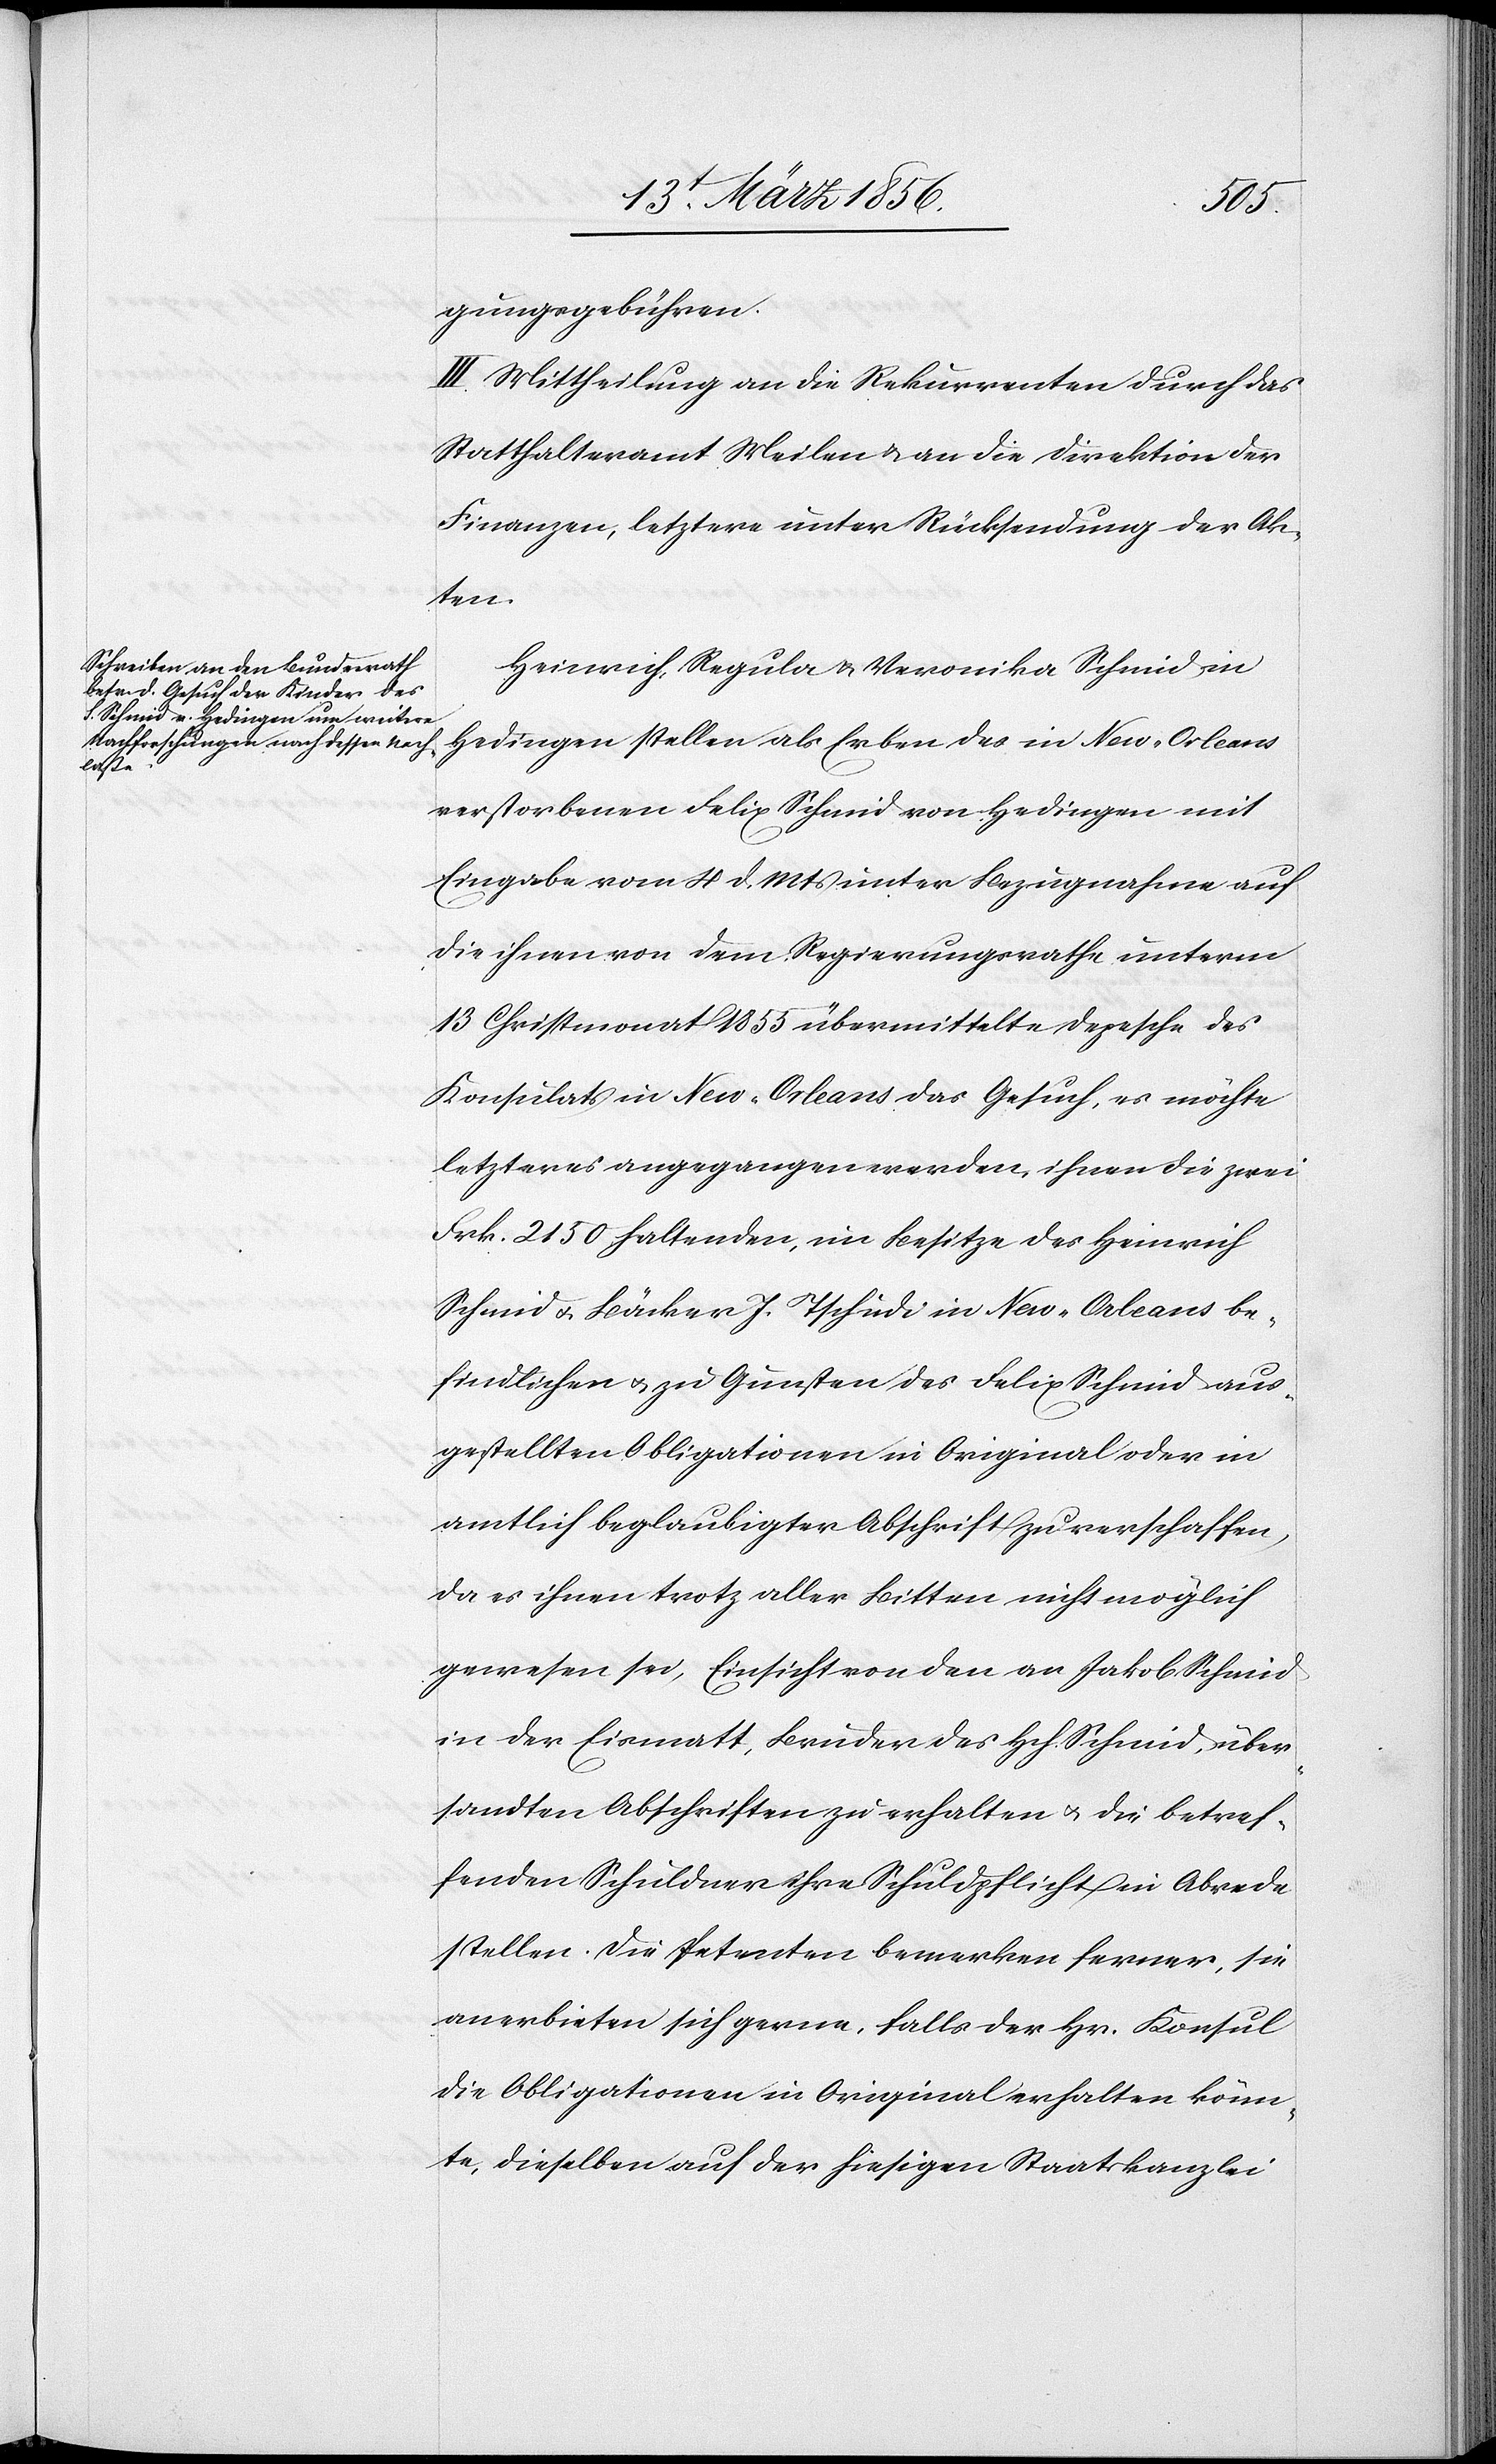
gungsgebühren.
III. Mittheilung an die Rekurrenten durch das
Statthalteramt Meilen an die Direktion der
Finanzen, letztere unter Rücksendung der Ak¬
ten.
Heinrich, Regula & Veronika Schmid in
Hedingen stellen als Erben des in New-Orleans
verstorbenen Felix Schmid von Hedingen mit
Eingabe von 4 d. Mts unter Bezugnahme auf
die ihnen von dem Regierungsrathe unterm
13 Christmonat 1855 übermittelte Depesche des
Konsulats in New-Orleans das Gesuch, es möchte
letzteres angegangen werden, ihnen die zwei
Frk. 2150 haltenden, im Besitze des Heinrich
Schmid u. Bäcker J. Tschudi in New-Orleans be¬
findlichen u. zu Gunsten des Felix Schmid aus¬
gestellten Obligationen in Original oder in
amtlich beglaubigter Abschrift zu verschaffen,
da es ihnen trotz aller Bitten nicht möglich
gewesen sei, Einsichten von den an Jakob Schmid
in der Eismatt, Bruder des Hch. Schmid, über¬
sandten Abschriften zu erhalten u. die betref¬
fenden Schuldner ihre Schuldpflicht in Abrede
stellen. Die Petenten bemerkten ferner, sie
anerbieten sich gerne, falls der Hr. Konsul
die Obligationen in Original erhalten könn¬
te, dieselben auf der hiesigen Staatskanzlei